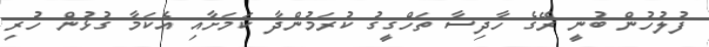
ފުލުހުން ބުނީ ރޭގެ ހާދިސާ ތަހްގީގު ކުރަމުންދާ ކަމަށާއި އެކަމާ ގުޅުން ހުރި